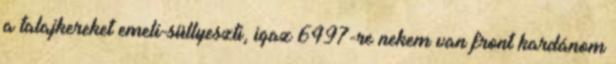
a talajkereket emeli-süllyeszti, igaz 6497-re nekem van front kardánom